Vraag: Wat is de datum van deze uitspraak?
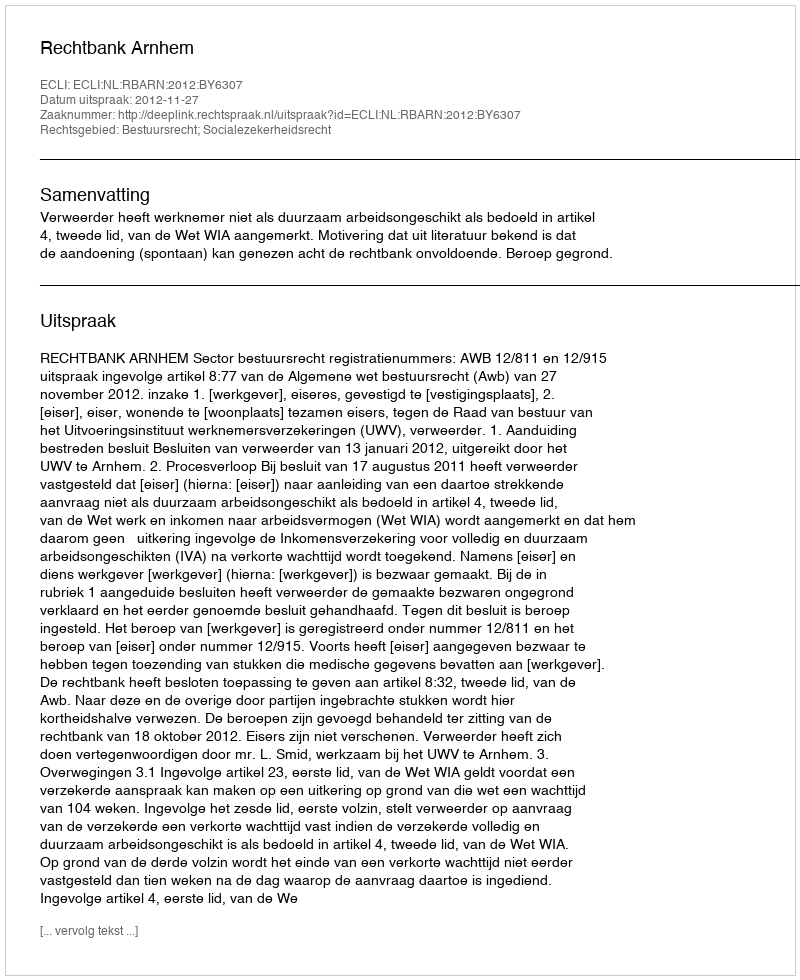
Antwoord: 2012-11-27